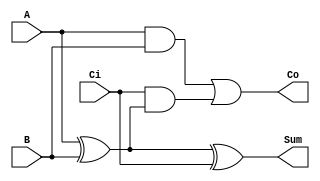
`timescale 1ns / 1ps
//////////////////////////////////////////////////////////////////////////////////
// Company: 
// Engineer: 
// 
// Design Name: 
// Module Name: eda03
// Project Name: 
// Target Devices: 
// Tool Versions: 
// Description: 
// 
// Dependencies: 
// 
// Revision:
// Revision 0.01 - File Created
// Additional Comments:
// 
//////////////////////////////////////////////////////////////////////////////////

module FA(Sum,Co,A,B,Ci);
	input A,B,Ci;
	output Sum,Co;
	wire 	S1,S2,S3;
		xor (Sum,A,B,Ci);//sum
		and (S1,A,B);
		xor (S2,A,B);
		and	(S3,Ci,S2);
		or  (Co,S1,S3);//co
endmodule

module Adder(Sum,Co,A,B,Ci);
	input [7:0] A,B;
	input Ci;
	output [7:0]Sum,Co;
		FA	UO(Sum[0],Co[0],A[0],B[0],Ci);
		FA	U1(Sum[1],Co[1],A[1],B[1],Co[0]);
		FA 	U2(Sum[2],Co[2],A[2],B[2],Co[1]);
		FA	U3(Sum[3],Co[3],A[3],B[3],Co[2]);
		FA	U4(Sum[4],Co[4],A[4],B[4],Co[3]);
		FA	U5(Sum[5],Co[5],A[5],B[5],Co[4]);
		FA	U6(Sum[6],Co[6],A[6],B[6],Co[5]);
		FA	U7(Sum[7],Co[7],A[7],B[7],Co[6]);
endmodule